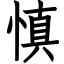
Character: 慎